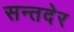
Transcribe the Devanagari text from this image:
सन्तदेर